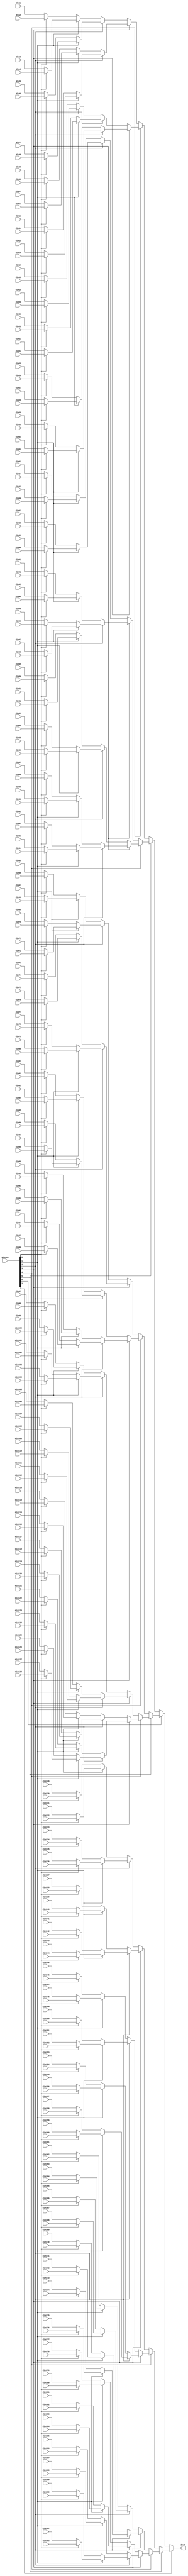
// ==============================================================
// File generated by Vivado(TM) HLS - High-Level Synthesis from C, C++ and SystemC
// Version: 2015.4
// Copyright (C) 2015 Xilinx Inc. All rights reserved.
// 
// ==============================================================


`timescale 1ns/1ps

module decode_start_mux_192to1_sel8_128_1 #(
parameter
    ID                = 0,
    NUM_STAGE         = 1,
    din1_WIDTH       = 32,
    din2_WIDTH       = 32,
    din3_WIDTH       = 32,
    din4_WIDTH       = 32,
    din5_WIDTH       = 32,
    din6_WIDTH       = 32,
    din7_WIDTH       = 32,
    din8_WIDTH       = 32,
    din9_WIDTH       = 32,
    din10_WIDTH       = 32,
    din11_WIDTH       = 32,
    din12_WIDTH       = 32,
    din13_WIDTH       = 32,
    din14_WIDTH       = 32,
    din15_WIDTH       = 32,
    din16_WIDTH       = 32,
    din17_WIDTH       = 32,
    din18_WIDTH       = 32,
    din19_WIDTH       = 32,
    din20_WIDTH       = 32,
    din21_WIDTH       = 32,
    din22_WIDTH       = 32,
    din23_WIDTH       = 32,
    din24_WIDTH       = 32,
    din25_WIDTH       = 32,
    din26_WIDTH       = 32,
    din27_WIDTH       = 32,
    din28_WIDTH       = 32,
    din29_WIDTH       = 32,
    din30_WIDTH       = 32,
    din31_WIDTH       = 32,
    din32_WIDTH       = 32,
    din33_WIDTH       = 32,
    din34_WIDTH       = 32,
    din35_WIDTH       = 32,
    din36_WIDTH       = 32,
    din37_WIDTH       = 32,
    din38_WIDTH       = 32,
    din39_WIDTH       = 32,
    din40_WIDTH       = 32,
    din41_WIDTH       = 32,
    din42_WIDTH       = 32,
    din43_WIDTH       = 32,
    din44_WIDTH       = 32,
    din45_WIDTH       = 32,
    din46_WIDTH       = 32,
    din47_WIDTH       = 32,
    din48_WIDTH       = 32,
    din49_WIDTH       = 32,
    din50_WIDTH       = 32,
    din51_WIDTH       = 32,
    din52_WIDTH       = 32,
    din53_WIDTH       = 32,
    din54_WIDTH       = 32,
    din55_WIDTH       = 32,
    din56_WIDTH       = 32,
    din57_WIDTH       = 32,
    din58_WIDTH       = 32,
    din59_WIDTH       = 32,
    din60_WIDTH       = 32,
    din61_WIDTH       = 32,
    din62_WIDTH       = 32,
    din63_WIDTH       = 32,
    din64_WIDTH       = 32,
    din65_WIDTH       = 32,
    din66_WIDTH       = 32,
    din67_WIDTH       = 32,
    din68_WIDTH       = 32,
    din69_WIDTH       = 32,
    din70_WIDTH       = 32,
    din71_WIDTH       = 32,
    din72_WIDTH       = 32,
    din73_WIDTH       = 32,
    din74_WIDTH       = 32,
    din75_WIDTH       = 32,
    din76_WIDTH       = 32,
    din77_WIDTH       = 32,
    din78_WIDTH       = 32,
    din79_WIDTH       = 32,
    din80_WIDTH       = 32,
    din81_WIDTH       = 32,
    din82_WIDTH       = 32,
    din83_WIDTH       = 32,
    din84_WIDTH       = 32,
    din85_WIDTH       = 32,
    din86_WIDTH       = 32,
    din87_WIDTH       = 32,
    din88_WIDTH       = 32,
    din89_WIDTH       = 32,
    din90_WIDTH       = 32,
    din91_WIDTH       = 32,
    din92_WIDTH       = 32,
    din93_WIDTH       = 32,
    din94_WIDTH       = 32,
    din95_WIDTH       = 32,
    din96_WIDTH       = 32,
    din97_WIDTH       = 32,
    din98_WIDTH       = 32,
    din99_WIDTH       = 32,
    din100_WIDTH       = 32,
    din101_WIDTH       = 32,
    din102_WIDTH       = 32,
    din103_WIDTH       = 32,
    din104_WIDTH       = 32,
    din105_WIDTH       = 32,
    din106_WIDTH       = 32,
    din107_WIDTH       = 32,
    din108_WIDTH       = 32,
    din109_WIDTH       = 32,
    din110_WIDTH       = 32,
    din111_WIDTH       = 32,
    din112_WIDTH       = 32,
    din113_WIDTH       = 32,
    din114_WIDTH       = 32,
    din115_WIDTH       = 32,
    din116_WIDTH       = 32,
    din117_WIDTH       = 32,
    din118_WIDTH       = 32,
    din119_WIDTH       = 32,
    din120_WIDTH       = 32,
    din121_WIDTH       = 32,
    din122_WIDTH       = 32,
    din123_WIDTH       = 32,
    din124_WIDTH       = 32,
    din125_WIDTH       = 32,
    din126_WIDTH       = 32,
    din127_WIDTH       = 32,
    din128_WIDTH       = 32,
    din129_WIDTH       = 32,
    din130_WIDTH       = 32,
    din131_WIDTH       = 32,
    din132_WIDTH       = 32,
    din133_WIDTH       = 32,
    din134_WIDTH       = 32,
    din135_WIDTH       = 32,
    din136_WIDTH       = 32,
    din137_WIDTH       = 32,
    din138_WIDTH       = 32,
    din139_WIDTH       = 32,
    din140_WIDTH       = 32,
    din141_WIDTH       = 32,
    din142_WIDTH       = 32,
    din143_WIDTH       = 32,
    din144_WIDTH       = 32,
    din145_WIDTH       = 32,
    din146_WIDTH       = 32,
    din147_WIDTH       = 32,
    din148_WIDTH       = 32,
    din149_WIDTH       = 32,
    din150_WIDTH       = 32,
    din151_WIDTH       = 32,
    din152_WIDTH       = 32,
    din153_WIDTH       = 32,
    din154_WIDTH       = 32,
    din155_WIDTH       = 32,
    din156_WIDTH       = 32,
    din157_WIDTH       = 32,
    din158_WIDTH       = 32,
    din159_WIDTH       = 32,
    din160_WIDTH       = 32,
    din161_WIDTH       = 32,
    din162_WIDTH       = 32,
    din163_WIDTH       = 32,
    din164_WIDTH       = 32,
    din165_WIDTH       = 32,
    din166_WIDTH       = 32,
    din167_WIDTH       = 32,
    din168_WIDTH       = 32,
    din169_WIDTH       = 32,
    din170_WIDTH       = 32,
    din171_WIDTH       = 32,
    din172_WIDTH       = 32,
    din173_WIDTH       = 32,
    din174_WIDTH       = 32,
    din175_WIDTH       = 32,
    din176_WIDTH       = 32,
    din177_WIDTH       = 32,
    din178_WIDTH       = 32,
    din179_WIDTH       = 32,
    din180_WIDTH       = 32,
    din181_WIDTH       = 32,
    din182_WIDTH       = 32,
    din183_WIDTH       = 32,
    din184_WIDTH       = 32,
    din185_WIDTH       = 32,
    din186_WIDTH       = 32,
    din187_WIDTH       = 32,
    din188_WIDTH       = 32,
    din189_WIDTH       = 32,
    din190_WIDTH       = 32,
    din191_WIDTH       = 32,
    din192_WIDTH       = 32,
    din193_WIDTH         = 32,
    dout_WIDTH            = 32
)(
    input  [127 : 0]     din1,
    input  [127 : 0]     din2,
    input  [127 : 0]     din3,
    input  [127 : 0]     din4,
    input  [127 : 0]     din5,
    input  [127 : 0]     din6,
    input  [127 : 0]     din7,
    input  [127 : 0]     din8,
    input  [127 : 0]     din9,
    input  [127 : 0]     din10,
    input  [127 : 0]     din11,
    input  [127 : 0]     din12,
    input  [127 : 0]     din13,
    input  [127 : 0]     din14,
    input  [127 : 0]     din15,
    input  [127 : 0]     din16,
    input  [127 : 0]     din17,
    input  [127 : 0]     din18,
    input  [127 : 0]     din19,
    input  [127 : 0]     din20,
    input  [127 : 0]     din21,
    input  [127 : 0]     din22,
    input  [127 : 0]     din23,
    input  [127 : 0]     din24,
    input  [127 : 0]     din25,
    input  [127 : 0]     din26,
    input  [127 : 0]     din27,
    input  [127 : 0]     din28,
    input  [127 : 0]     din29,
    input  [127 : 0]     din30,
    input  [127 : 0]     din31,
    input  [127 : 0]     din32,
    input  [127 : 0]     din33,
    input  [127 : 0]     din34,
    input  [127 : 0]     din35,
    input  [127 : 0]     din36,
    input  [127 : 0]     din37,
    input  [127 : 0]     din38,
    input  [127 : 0]     din39,
    input  [127 : 0]     din40,
    input  [127 : 0]     din41,
    input  [127 : 0]     din42,
    input  [127 : 0]     din43,
    input  [127 : 0]     din44,
    input  [127 : 0]     din45,
    input  [127 : 0]     din46,
    input  [127 : 0]     din47,
    input  [127 : 0]     din48,
    input  [127 : 0]     din49,
    input  [127 : 0]     din50,
    input  [127 : 0]     din51,
    input  [127 : 0]     din52,
    input  [127 : 0]     din53,
    input  [127 : 0]     din54,
    input  [127 : 0]     din55,
    input  [127 : 0]     din56,
    input  [127 : 0]     din57,
    input  [127 : 0]     din58,
    input  [127 : 0]     din59,
    input  [127 : 0]     din60,
    input  [127 : 0]     din61,
    input  [127 : 0]     din62,
    input  [127 : 0]     din63,
    input  [127 : 0]     din64,
    input  [127 : 0]     din65,
    input  [127 : 0]     din66,
    input  [127 : 0]     din67,
    input  [127 : 0]     din68,
    input  [127 : 0]     din69,
    input  [127 : 0]     din70,
    input  [127 : 0]     din71,
    input  [127 : 0]     din72,
    input  [127 : 0]     din73,
    input  [127 : 0]     din74,
    input  [127 : 0]     din75,
    input  [127 : 0]     din76,
    input  [127 : 0]     din77,
    input  [127 : 0]     din78,
    input  [127 : 0]     din79,
    input  [127 : 0]     din80,
    input  [127 : 0]     din81,
    input  [127 : 0]     din82,
    input  [127 : 0]     din83,
    input  [127 : 0]     din84,
    input  [127 : 0]     din85,
    input  [127 : 0]     din86,
    input  [127 : 0]     din87,
    input  [127 : 0]     din88,
    input  [127 : 0]     din89,
    input  [127 : 0]     din90,
    input  [127 : 0]     din91,
    input  [127 : 0]     din92,
    input  [127 : 0]     din93,
    input  [127 : 0]     din94,
    input  [127 : 0]     din95,
    input  [127 : 0]     din96,
    input  [127 : 0]     din97,
    input  [127 : 0]     din98,
    input  [127 : 0]     din99,
    input  [127 : 0]     din100,
    input  [127 : 0]     din101,
    input  [127 : 0]     din102,
    input  [127 : 0]     din103,
    input  [127 : 0]     din104,
    input  [127 : 0]     din105,
    input  [127 : 0]     din106,
    input  [127 : 0]     din107,
    input  [127 : 0]     din108,
    input  [127 : 0]     din109,
    input  [127 : 0]     din110,
    input  [127 : 0]     din111,
    input  [127 : 0]     din112,
    input  [127 : 0]     din113,
    input  [127 : 0]     din114,
    input  [127 : 0]     din115,
    input  [127 : 0]     din116,
    input  [127 : 0]     din117,
    input  [127 : 0]     din118,
    input  [127 : 0]     din119,
    input  [127 : 0]     din120,
    input  [127 : 0]     din121,
    input  [127 : 0]     din122,
    input  [127 : 0]     din123,
    input  [127 : 0]     din124,
    input  [127 : 0]     din125,
    input  [127 : 0]     din126,
    input  [127 : 0]     din127,
    input  [127 : 0]     din128,
    input  [127 : 0]     din129,
    input  [127 : 0]     din130,
    input  [127 : 0]     din131,
    input  [127 : 0]     din132,
    input  [127 : 0]     din133,
    input  [127 : 0]     din134,
    input  [127 : 0]     din135,
    input  [127 : 0]     din136,
    input  [127 : 0]     din137,
    input  [127 : 0]     din138,
    input  [127 : 0]     din139,
    input  [127 : 0]     din140,
    input  [127 : 0]     din141,
    input  [127 : 0]     din142,
    input  [127 : 0]     din143,
    input  [127 : 0]     din144,
    input  [127 : 0]     din145,
    input  [127 : 0]     din146,
    input  [127 : 0]     din147,
    input  [127 : 0]     din148,
    input  [127 : 0]     din149,
    input  [127 : 0]     din150,
    input  [127 : 0]     din151,
    input  [127 : 0]     din152,
    input  [127 : 0]     din153,
    input  [127 : 0]     din154,
    input  [127 : 0]     din155,
    input  [127 : 0]     din156,
    input  [127 : 0]     din157,
    input  [127 : 0]     din158,
    input  [127 : 0]     din159,
    input  [127 : 0]     din160,
    input  [127 : 0]     din161,
    input  [127 : 0]     din162,
    input  [127 : 0]     din163,
    input  [127 : 0]     din164,
    input  [127 : 0]     din165,
    input  [127 : 0]     din166,
    input  [127 : 0]     din167,
    input  [127 : 0]     din168,
    input  [127 : 0]     din169,
    input  [127 : 0]     din170,
    input  [127 : 0]     din171,
    input  [127 : 0]     din172,
    input  [127 : 0]     din173,
    input  [127 : 0]     din174,
    input  [127 : 0]     din175,
    input  [127 : 0]     din176,
    input  [127 : 0]     din177,
    input  [127 : 0]     din178,
    input  [127 : 0]     din179,
    input  [127 : 0]     din180,
    input  [127 : 0]     din181,
    input  [127 : 0]     din182,
    input  [127 : 0]     din183,
    input  [127 : 0]     din184,
    input  [127 : 0]     din185,
    input  [127 : 0]     din186,
    input  [127 : 0]     din187,
    input  [127 : 0]     din188,
    input  [127 : 0]     din189,
    input  [127 : 0]     din190,
    input  [127 : 0]     din191,
    input  [127 : 0]     din192,
    input  [7 : 0]    din193,
    output [127 : 0]   dout);

// puts internal signals
wire [7 : 0]     sel;
// level 1 signals
wire [127 : 0]         mux_1_0;
wire [127 : 0]         mux_1_1;
wire [127 : 0]         mux_1_2;
wire [127 : 0]         mux_1_3;
wire [127 : 0]         mux_1_4;
wire [127 : 0]         mux_1_5;
wire [127 : 0]         mux_1_6;
wire [127 : 0]         mux_1_7;
wire [127 : 0]         mux_1_8;
wire [127 : 0]         mux_1_9;
wire [127 : 0]         mux_1_10;
wire [127 : 0]         mux_1_11;
wire [127 : 0]         mux_1_12;
wire [127 : 0]         mux_1_13;
wire [127 : 0]         mux_1_14;
wire [127 : 0]         mux_1_15;
wire [127 : 0]         mux_1_16;
wire [127 : 0]         mux_1_17;
wire [127 : 0]         mux_1_18;
wire [127 : 0]         mux_1_19;
wire [127 : 0]         mux_1_20;
wire [127 : 0]         mux_1_21;
wire [127 : 0]         mux_1_22;
wire [127 : 0]         mux_1_23;
wire [127 : 0]         mux_1_24;
wire [127 : 0]         mux_1_25;
wire [127 : 0]         mux_1_26;
wire [127 : 0]         mux_1_27;
wire [127 : 0]         mux_1_28;
wire [127 : 0]         mux_1_29;
wire [127 : 0]         mux_1_30;
wire [127 : 0]         mux_1_31;
wire [127 : 0]         mux_1_32;
wire [127 : 0]         mux_1_33;
wire [127 : 0]         mux_1_34;
wire [127 : 0]         mux_1_35;
wire [127 : 0]         mux_1_36;
wire [127 : 0]         mux_1_37;
wire [127 : 0]         mux_1_38;
wire [127 : 0]         mux_1_39;
wire [127 : 0]         mux_1_40;
wire [127 : 0]         mux_1_41;
wire [127 : 0]         mux_1_42;
wire [127 : 0]         mux_1_43;
wire [127 : 0]         mux_1_44;
wire [127 : 0]         mux_1_45;
wire [127 : 0]         mux_1_46;
wire [127 : 0]         mux_1_47;
wire [127 : 0]         mux_1_48;
wire [127 : 0]         mux_1_49;
wire [127 : 0]         mux_1_50;
wire [127 : 0]         mux_1_51;
wire [127 : 0]         mux_1_52;
wire [127 : 0]         mux_1_53;
wire [127 : 0]         mux_1_54;
wire [127 : 0]         mux_1_55;
wire [127 : 0]         mux_1_56;
wire [127 : 0]         mux_1_57;
wire [127 : 0]         mux_1_58;
wire [127 : 0]         mux_1_59;
wire [127 : 0]         mux_1_60;
wire [127 : 0]         mux_1_61;
wire [127 : 0]         mux_1_62;
wire [127 : 0]         mux_1_63;
wire [127 : 0]         mux_1_64;
wire [127 : 0]         mux_1_65;
wire [127 : 0]         mux_1_66;
wire [127 : 0]         mux_1_67;
wire [127 : 0]         mux_1_68;
wire [127 : 0]         mux_1_69;
wire [127 : 0]         mux_1_70;
wire [127 : 0]         mux_1_71;
wire [127 : 0]         mux_1_72;
wire [127 : 0]         mux_1_73;
wire [127 : 0]         mux_1_74;
wire [127 : 0]         mux_1_75;
wire [127 : 0]         mux_1_76;
wire [127 : 0]         mux_1_77;
wire [127 : 0]         mux_1_78;
wire [127 : 0]         mux_1_79;
wire [127 : 0]         mux_1_80;
wire [127 : 0]         mux_1_81;
wire [127 : 0]         mux_1_82;
wire [127 : 0]         mux_1_83;
wire [127 : 0]         mux_1_84;
wire [127 : 0]         mux_1_85;
wire [127 : 0]         mux_1_86;
wire [127 : 0]         mux_1_87;
wire [127 : 0]         mux_1_88;
wire [127 : 0]         mux_1_89;
wire [127 : 0]         mux_1_90;
wire [127 : 0]         mux_1_91;
wire [127 : 0]         mux_1_92;
wire [127 : 0]         mux_1_93;
wire [127 : 0]         mux_1_94;
wire [127 : 0]         mux_1_95;
// level 2 signals
wire [127 : 0]         mux_2_0;
wire [127 : 0]         mux_2_1;
wire [127 : 0]         mux_2_2;
wire [127 : 0]         mux_2_3;
wire [127 : 0]         mux_2_4;
wire [127 : 0]         mux_2_5;
wire [127 : 0]         mux_2_6;
wire [127 : 0]         mux_2_7;
wire [127 : 0]         mux_2_8;
wire [127 : 0]         mux_2_9;
wire [127 : 0]         mux_2_10;
wire [127 : 0]         mux_2_11;
wire [127 : 0]         mux_2_12;
wire [127 : 0]         mux_2_13;
wire [127 : 0]         mux_2_14;
wire [127 : 0]         mux_2_15;
wire [127 : 0]         mux_2_16;
wire [127 : 0]         mux_2_17;
wire [127 : 0]         mux_2_18;
wire [127 : 0]         mux_2_19;
wire [127 : 0]         mux_2_20;
wire [127 : 0]         mux_2_21;
wire [127 : 0]         mux_2_22;
wire [127 : 0]         mux_2_23;
wire [127 : 0]         mux_2_24;
wire [127 : 0]         mux_2_25;
wire [127 : 0]         mux_2_26;
wire [127 : 0]         mux_2_27;
wire [127 : 0]         mux_2_28;
wire [127 : 0]         mux_2_29;
wire [127 : 0]         mux_2_30;
wire [127 : 0]         mux_2_31;
wire [127 : 0]         mux_2_32;
wire [127 : 0]         mux_2_33;
wire [127 : 0]         mux_2_34;
wire [127 : 0]         mux_2_35;
wire [127 : 0]         mux_2_36;
wire [127 : 0]         mux_2_37;
wire [127 : 0]         mux_2_38;
wire [127 : 0]         mux_2_39;
wire [127 : 0]         mux_2_40;
wire [127 : 0]         mux_2_41;
wire [127 : 0]         mux_2_42;
wire [127 : 0]         mux_2_43;
wire [127 : 0]         mux_2_44;
wire [127 : 0]         mux_2_45;
wire [127 : 0]         mux_2_46;
wire [127 : 0]         mux_2_47;
// level 3 signals
wire [127 : 0]         mux_3_0;
wire [127 : 0]         mux_3_1;
wire [127 : 0]         mux_3_2;
wire [127 : 0]         mux_3_3;
wire [127 : 0]         mux_3_4;
wire [127 : 0]         mux_3_5;
wire [127 : 0]         mux_3_6;
wire [127 : 0]         mux_3_7;
wire [127 : 0]         mux_3_8;
wire [127 : 0]         mux_3_9;
wire [127 : 0]         mux_3_10;
wire [127 : 0]         mux_3_11;
wire [127 : 0]         mux_3_12;
wire [127 : 0]         mux_3_13;
wire [127 : 0]         mux_3_14;
wire [127 : 0]         mux_3_15;
wire [127 : 0]         mux_3_16;
wire [127 : 0]         mux_3_17;
wire [127 : 0]         mux_3_18;
wire [127 : 0]         mux_3_19;
wire [127 : 0]         mux_3_20;
wire [127 : 0]         mux_3_21;
wire [127 : 0]         mux_3_22;
wire [127 : 0]         mux_3_23;
// level 4 signals
wire [127 : 0]         mux_4_0;
wire [127 : 0]         mux_4_1;
wire [127 : 0]         mux_4_2;
wire [127 : 0]         mux_4_3;
wire [127 : 0]         mux_4_4;
wire [127 : 0]         mux_4_5;
wire [127 : 0]         mux_4_6;
wire [127 : 0]         mux_4_7;
wire [127 : 0]         mux_4_8;
wire [127 : 0]         mux_4_9;
wire [127 : 0]         mux_4_10;
wire [127 : 0]         mux_4_11;
// level 5 signals
wire [127 : 0]         mux_5_0;
wire [127 : 0]         mux_5_1;
wire [127 : 0]         mux_5_2;
wire [127 : 0]         mux_5_3;
wire [127 : 0]         mux_5_4;
wire [127 : 0]         mux_5_5;
// level 6 signals
wire [127 : 0]         mux_6_0;
wire [127 : 0]         mux_6_1;
wire [127 : 0]         mux_6_2;
// level 7 signals
wire [127 : 0]         mux_7_0;
wire [127 : 0]         mux_7_1;
// level 8 signals
wire [127 : 0]         mux_8_0;

assign sel = din193;

// Generate level 1 logic
assign mux_1_0 = (sel[0] == 0)? din1 : din2;
assign mux_1_1 = (sel[0] == 0)? din3 : din4;
assign mux_1_2 = (sel[0] == 0)? din5 : din6;
assign mux_1_3 = (sel[0] == 0)? din7 : din8;
assign mux_1_4 = (sel[0] == 0)? din9 : din10;
assign mux_1_5 = (sel[0] == 0)? din11 : din12;
assign mux_1_6 = (sel[0] == 0)? din13 : din14;
assign mux_1_7 = (sel[0] == 0)? din15 : din16;
assign mux_1_8 = (sel[0] == 0)? din17 : din18;
assign mux_1_9 = (sel[0] == 0)? din19 : din20;
assign mux_1_10 = (sel[0] == 0)? din21 : din22;
assign mux_1_11 = (sel[0] == 0)? din23 : din24;
assign mux_1_12 = (sel[0] == 0)? din25 : din26;
assign mux_1_13 = (sel[0] == 0)? din27 : din28;
assign mux_1_14 = (sel[0] == 0)? din29 : din30;
assign mux_1_15 = (sel[0] == 0)? din31 : din32;
assign mux_1_16 = (sel[0] == 0)? din33 : din34;
assign mux_1_17 = (sel[0] == 0)? din35 : din36;
assign mux_1_18 = (sel[0] == 0)? din37 : din38;
assign mux_1_19 = (sel[0] == 0)? din39 : din40;
assign mux_1_20 = (sel[0] == 0)? din41 : din42;
assign mux_1_21 = (sel[0] == 0)? din43 : din44;
assign mux_1_22 = (sel[0] == 0)? din45 : din46;
assign mux_1_23 = (sel[0] == 0)? din47 : din48;
assign mux_1_24 = (sel[0] == 0)? din49 : din50;
assign mux_1_25 = (sel[0] == 0)? din51 : din52;
assign mux_1_26 = (sel[0] == 0)? din53 : din54;
assign mux_1_27 = (sel[0] == 0)? din55 : din56;
assign mux_1_28 = (sel[0] == 0)? din57 : din58;
assign mux_1_29 = (sel[0] == 0)? din59 : din60;
assign mux_1_30 = (sel[0] == 0)? din61 : din62;
assign mux_1_31 = (sel[0] == 0)? din63 : din64;
assign mux_1_32 = (sel[0] == 0)? din65 : din66;
assign mux_1_33 = (sel[0] == 0)? din67 : din68;
assign mux_1_34 = (sel[0] == 0)? din69 : din70;
assign mux_1_35 = (sel[0] == 0)? din71 : din72;
assign mux_1_36 = (sel[0] == 0)? din73 : din74;
assign mux_1_37 = (sel[0] == 0)? din75 : din76;
assign mux_1_38 = (sel[0] == 0)? din77 : din78;
assign mux_1_39 = (sel[0] == 0)? din79 : din80;
assign mux_1_40 = (sel[0] == 0)? din81 : din82;
assign mux_1_41 = (sel[0] == 0)? din83 : din84;
assign mux_1_42 = (sel[0] == 0)? din85 : din86;
assign mux_1_43 = (sel[0] == 0)? din87 : din88;
assign mux_1_44 = (sel[0] == 0)? din89 : din90;
assign mux_1_45 = (sel[0] == 0)? din91 : din92;
assign mux_1_46 = (sel[0] == 0)? din93 : din94;
assign mux_1_47 = (sel[0] == 0)? din95 : din96;
assign mux_1_48 = (sel[0] == 0)? din97 : din98;
assign mux_1_49 = (sel[0] == 0)? din99 : din100;
assign mux_1_50 = (sel[0] == 0)? din101 : din102;
assign mux_1_51 = (sel[0] == 0)? din103 : din104;
assign mux_1_52 = (sel[0] == 0)? din105 : din106;
assign mux_1_53 = (sel[0] == 0)? din107 : din108;
assign mux_1_54 = (sel[0] == 0)? din109 : din110;
assign mux_1_55 = (sel[0] == 0)? din111 : din112;
assign mux_1_56 = (sel[0] == 0)? din113 : din114;
assign mux_1_57 = (sel[0] == 0)? din115 : din116;
assign mux_1_58 = (sel[0] == 0)? din117 : din118;
assign mux_1_59 = (sel[0] == 0)? din119 : din120;
assign mux_1_60 = (sel[0] == 0)? din121 : din122;
assign mux_1_61 = (sel[0] == 0)? din123 : din124;
assign mux_1_62 = (sel[0] == 0)? din125 : din126;
assign mux_1_63 = (sel[0] == 0)? din127 : din128;
assign mux_1_64 = (sel[0] == 0)? din129 : din130;
assign mux_1_65 = (sel[0] == 0)? din131 : din132;
assign mux_1_66 = (sel[0] == 0)? din133 : din134;
assign mux_1_67 = (sel[0] == 0)? din135 : din136;
assign mux_1_68 = (sel[0] == 0)? din137 : din138;
assign mux_1_69 = (sel[0] == 0)? din139 : din140;
assign mux_1_70 = (sel[0] == 0)? din141 : din142;
assign mux_1_71 = (sel[0] == 0)? din143 : din144;
assign mux_1_72 = (sel[0] == 0)? din145 : din146;
assign mux_1_73 = (sel[0] == 0)? din147 : din148;
assign mux_1_74 = (sel[0] == 0)? din149 : din150;
assign mux_1_75 = (sel[0] == 0)? din151 : din152;
assign mux_1_76 = (sel[0] == 0)? din153 : din154;
assign mux_1_77 = (sel[0] == 0)? din155 : din156;
assign mux_1_78 = (sel[0] == 0)? din157 : din158;
assign mux_1_79 = (sel[0] == 0)? din159 : din160;
assign mux_1_80 = (sel[0] == 0)? din161 : din162;
assign mux_1_81 = (sel[0] == 0)? din163 : din164;
assign mux_1_82 = (sel[0] == 0)? din165 : din166;
assign mux_1_83 = (sel[0] == 0)? din167 : din168;
assign mux_1_84 = (sel[0] == 0)? din169 : din170;
assign mux_1_85 = (sel[0] == 0)? din171 : din172;
assign mux_1_86 = (sel[0] == 0)? din173 : din174;
assign mux_1_87 = (sel[0] == 0)? din175 : din176;
assign mux_1_88 = (sel[0] == 0)? din177 : din178;
assign mux_1_89 = (sel[0] == 0)? din179 : din180;
assign mux_1_90 = (sel[0] == 0)? din181 : din182;
assign mux_1_91 = (sel[0] == 0)? din183 : din184;
assign mux_1_92 = (sel[0] == 0)? din185 : din186;
assign mux_1_93 = (sel[0] == 0)? din187 : din188;
assign mux_1_94 = (sel[0] == 0)? din189 : din190;
assign mux_1_95 = (sel[0] == 0)? din191 : din192;

// Generate level 2 logic
assign mux_2_0 = (sel[1] == 0)? mux_1_0 : mux_1_1;
assign mux_2_1 = (sel[1] == 0)? mux_1_2 : mux_1_3;
assign mux_2_2 = (sel[1] == 0)? mux_1_4 : mux_1_5;
assign mux_2_3 = (sel[1] == 0)? mux_1_6 : mux_1_7;
assign mux_2_4 = (sel[1] == 0)? mux_1_8 : mux_1_9;
assign mux_2_5 = (sel[1] == 0)? mux_1_10 : mux_1_11;
assign mux_2_6 = (sel[1] == 0)? mux_1_12 : mux_1_13;
assign mux_2_7 = (sel[1] == 0)? mux_1_14 : mux_1_15;
assign mux_2_8 = (sel[1] == 0)? mux_1_16 : mux_1_17;
assign mux_2_9 = (sel[1] == 0)? mux_1_18 : mux_1_19;
assign mux_2_10 = (sel[1] == 0)? mux_1_20 : mux_1_21;
assign mux_2_11 = (sel[1] == 0)? mux_1_22 : mux_1_23;
assign mux_2_12 = (sel[1] == 0)? mux_1_24 : mux_1_25;
assign mux_2_13 = (sel[1] == 0)? mux_1_26 : mux_1_27;
assign mux_2_14 = (sel[1] == 0)? mux_1_28 : mux_1_29;
assign mux_2_15 = (sel[1] == 0)? mux_1_30 : mux_1_31;
assign mux_2_16 = (sel[1] == 0)? mux_1_32 : mux_1_33;
assign mux_2_17 = (sel[1] == 0)? mux_1_34 : mux_1_35;
assign mux_2_18 = (sel[1] == 0)? mux_1_36 : mux_1_37;
assign mux_2_19 = (sel[1] == 0)? mux_1_38 : mux_1_39;
assign mux_2_20 = (sel[1] == 0)? mux_1_40 : mux_1_41;
assign mux_2_21 = (sel[1] == 0)? mux_1_42 : mux_1_43;
assign mux_2_22 = (sel[1] == 0)? mux_1_44 : mux_1_45;
assign mux_2_23 = (sel[1] == 0)? mux_1_46 : mux_1_47;
assign mux_2_24 = (sel[1] == 0)? mux_1_48 : mux_1_49;
assign mux_2_25 = (sel[1] == 0)? mux_1_50 : mux_1_51;
assign mux_2_26 = (sel[1] == 0)? mux_1_52 : mux_1_53;
assign mux_2_27 = (sel[1] == 0)? mux_1_54 : mux_1_55;
assign mux_2_28 = (sel[1] == 0)? mux_1_56 : mux_1_57;
assign mux_2_29 = (sel[1] == 0)? mux_1_58 : mux_1_59;
assign mux_2_30 = (sel[1] == 0)? mux_1_60 : mux_1_61;
assign mux_2_31 = (sel[1] == 0)? mux_1_62 : mux_1_63;
assign mux_2_32 = (sel[1] == 0)? mux_1_64 : mux_1_65;
assign mux_2_33 = (sel[1] == 0)? mux_1_66 : mux_1_67;
assign mux_2_34 = (sel[1] == 0)? mux_1_68 : mux_1_69;
assign mux_2_35 = (sel[1] == 0)? mux_1_70 : mux_1_71;
assign mux_2_36 = (sel[1] == 0)? mux_1_72 : mux_1_73;
assign mux_2_37 = (sel[1] == 0)? mux_1_74 : mux_1_75;
assign mux_2_38 = (sel[1] == 0)? mux_1_76 : mux_1_77;
assign mux_2_39 = (sel[1] == 0)? mux_1_78 : mux_1_79;
assign mux_2_40 = (sel[1] == 0)? mux_1_80 : mux_1_81;
assign mux_2_41 = (sel[1] == 0)? mux_1_82 : mux_1_83;
assign mux_2_42 = (sel[1] == 0)? mux_1_84 : mux_1_85;
assign mux_2_43 = (sel[1] == 0)? mux_1_86 : mux_1_87;
assign mux_2_44 = (sel[1] == 0)? mux_1_88 : mux_1_89;
assign mux_2_45 = (sel[1] == 0)? mux_1_90 : mux_1_91;
assign mux_2_46 = (sel[1] == 0)? mux_1_92 : mux_1_93;
assign mux_2_47 = (sel[1] == 0)? mux_1_94 : mux_1_95;

// Generate level 3 logic
assign mux_3_0 = (sel[2] == 0)? mux_2_0 : mux_2_1;
assign mux_3_1 = (sel[2] == 0)? mux_2_2 : mux_2_3;
assign mux_3_2 = (sel[2] == 0)? mux_2_4 : mux_2_5;
assign mux_3_3 = (sel[2] == 0)? mux_2_6 : mux_2_7;
assign mux_3_4 = (sel[2] == 0)? mux_2_8 : mux_2_9;
assign mux_3_5 = (sel[2] == 0)? mux_2_10 : mux_2_11;
assign mux_3_6 = (sel[2] == 0)? mux_2_12 : mux_2_13;
assign mux_3_7 = (sel[2] == 0)? mux_2_14 : mux_2_15;
assign mux_3_8 = (sel[2] == 0)? mux_2_16 : mux_2_17;
assign mux_3_9 = (sel[2] == 0)? mux_2_18 : mux_2_19;
assign mux_3_10 = (sel[2] == 0)? mux_2_20 : mux_2_21;
assign mux_3_11 = (sel[2] == 0)? mux_2_22 : mux_2_23;
assign mux_3_12 = (sel[2] == 0)? mux_2_24 : mux_2_25;
assign mux_3_13 = (sel[2] == 0)? mux_2_26 : mux_2_27;
assign mux_3_14 = (sel[2] == 0)? mux_2_28 : mux_2_29;
assign mux_3_15 = (sel[2] == 0)? mux_2_30 : mux_2_31;
assign mux_3_16 = (sel[2] == 0)? mux_2_32 : mux_2_33;
assign mux_3_17 = (sel[2] == 0)? mux_2_34 : mux_2_35;
assign mux_3_18 = (sel[2] == 0)? mux_2_36 : mux_2_37;
assign mux_3_19 = (sel[2] == 0)? mux_2_38 : mux_2_39;
assign mux_3_20 = (sel[2] == 0)? mux_2_40 : mux_2_41;
assign mux_3_21 = (sel[2] == 0)? mux_2_42 : mux_2_43;
assign mux_3_22 = (sel[2] == 0)? mux_2_44 : mux_2_45;
assign mux_3_23 = (sel[2] == 0)? mux_2_46 : mux_2_47;

// Generate level 4 logic
assign mux_4_0 = (sel[3] == 0)? mux_3_0 : mux_3_1;
assign mux_4_1 = (sel[3] == 0)? mux_3_2 : mux_3_3;
assign mux_4_2 = (sel[3] == 0)? mux_3_4 : mux_3_5;
assign mux_4_3 = (sel[3] == 0)? mux_3_6 : mux_3_7;
assign mux_4_4 = (sel[3] == 0)? mux_3_8 : mux_3_9;
assign mux_4_5 = (sel[3] == 0)? mux_3_10 : mux_3_11;
assign mux_4_6 = (sel[3] == 0)? mux_3_12 : mux_3_13;
assign mux_4_7 = (sel[3] == 0)? mux_3_14 : mux_3_15;
assign mux_4_8 = (sel[3] == 0)? mux_3_16 : mux_3_17;
assign mux_4_9 = (sel[3] == 0)? mux_3_18 : mux_3_19;
assign mux_4_10 = (sel[3] == 0)? mux_3_20 : mux_3_21;
assign mux_4_11 = (sel[3] == 0)? mux_3_22 : mux_3_23;

// Generate level 5 logic
assign mux_5_0 = (sel[4] == 0)? mux_4_0 : mux_4_1;
assign mux_5_1 = (sel[4] == 0)? mux_4_2 : mux_4_3;
assign mux_5_2 = (sel[4] == 0)? mux_4_4 : mux_4_5;
assign mux_5_3 = (sel[4] == 0)? mux_4_6 : mux_4_7;
assign mux_5_4 = (sel[4] == 0)? mux_4_8 : mux_4_9;
assign mux_5_5 = (sel[4] == 0)? mux_4_10 : mux_4_11;

// Generate level 6 logic
assign mux_6_0 = (sel[5] == 0)? mux_5_0 : mux_5_1;
assign mux_6_1 = (sel[5] == 0)? mux_5_2 : mux_5_3;
assign mux_6_2 = (sel[5] == 0)? mux_5_4 : mux_5_5;

// Generate level 7 logic
assign mux_7_0 = (sel[6] == 0)? mux_6_0 : mux_6_1;
assign mux_7_1 = mux_6_2;

// Generate level 8 logic
assign mux_8_0 = (sel[7] == 0)? mux_7_0 : mux_7_1;

// output logic
assign dout = mux_8_0;

endmodule